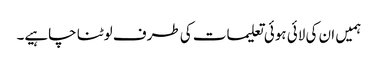
ہمیں ان کی لائی ہوئی تعلیمات کی طرف لوٹنا چاہیے۔